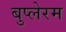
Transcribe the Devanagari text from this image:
बुप्लेरम